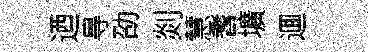
迺㝵劭剡慧耆壙逥